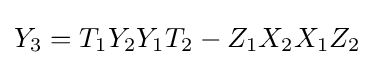
Y_{3}=T_{1}Y_{2}Y_{1}T_{2}-Z_{1}X_{2}X_{1}Z_{2}